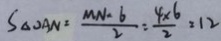
S _ { \Delta O A N } = \frac { M N - 6 } { 2 } = \frac { 4 \times 6 } { 2 } = 1 2